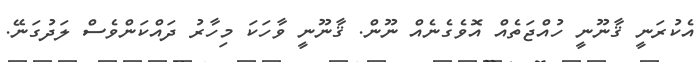
އެކުރަނީ ޤާނޫނީ ހުއްޖަތެއް އޮވެގެނެއް ނޫން. ޤާނޫނީ ވާހަކަ މިހާރު ދައްކަންވެސް ލަދުގަނޭ.